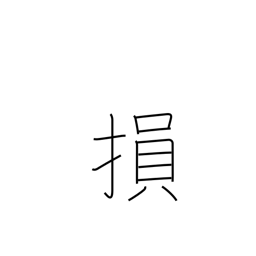
Meaning: damage